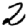
Digit: 2